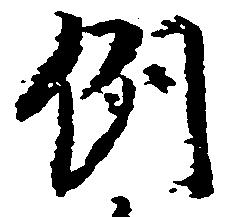
例